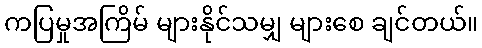
ကပြမှုအကြိမ် များနိုင်သမျှ များစေ ချင်တယ်။